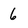
Character: 6